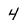
Character: 4